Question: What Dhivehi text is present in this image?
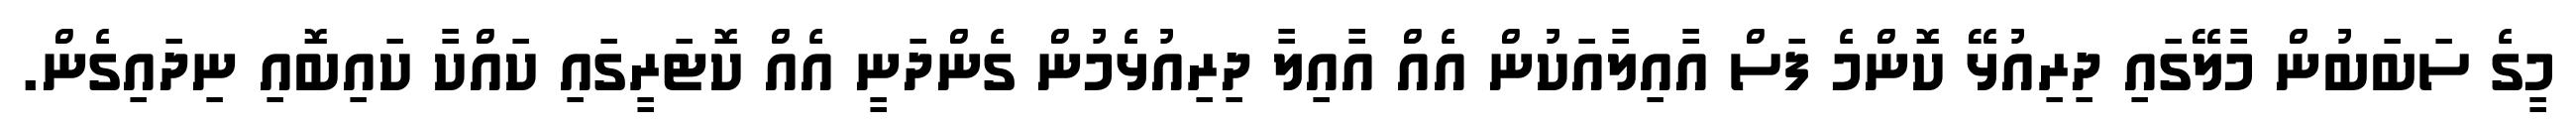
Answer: މީގެ ސަބަބުން މާލޭގައި ދިރިއުޅޭ ކޮންމެ ފަސް އާއިލާއަކުން އެއް އާއިލާ ދިރިއުޅެމުން ގެންދަނީ އެއް ކޮޓަރީގައި ކައްކާ ކައިބޮއި ނިދައިގެން.